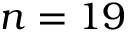
n = 1 9